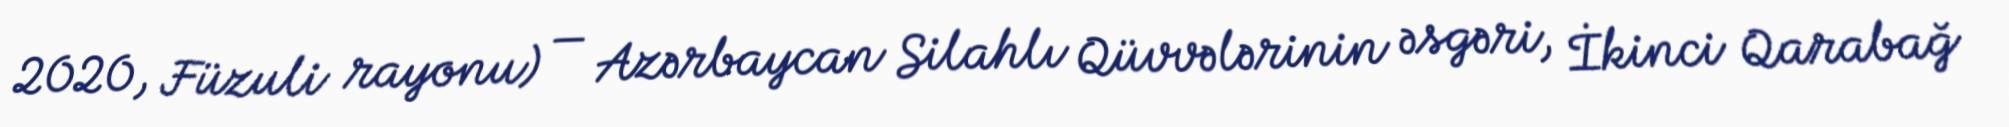
2020, Füzuli rayonu) — Azərbaycan Silahlı Qüvvələrinin əsgəri, İkinci Qarabağ